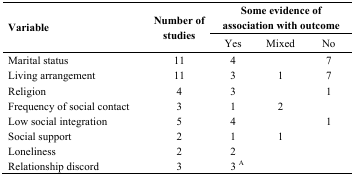
| <ROWSPAN=2> Variable | <ROWSPAN=2> Number of studies | <COLSPAN=3> Some evidence of association with outcome |
 | Yes | Mixed | No |
 | --- | --- | --- | --- | --- |
 | Marital status | 11 | 4 |  | 7 |
 | Living arrangement | 11 | 3 | 1 | 7 |
 | Religion | 4 | 3 |  | 1 |
 | Frequency of social contact | 3 | 1 | 2 |  |
 | Low social integration | 5 | 4 |  | 1 |
 | Social support | 2 | 1 | 1 |  |
 | Loneliness | 2 | 2 |  |  |
 | Relationship discord | 3 | 3 A |  |  |